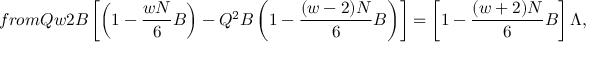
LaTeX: f r o m Q w 2 B \left[ \left( 1 - \frac { w N } { 6 } B \right) - Q ^ { 2 } B \left( 1 - \frac { ( w - 2 ) N } { 6 } B \right) \right] = \left[ 1 - \frac { ( w + 2 ) N } { 6 } B \right] \Lambda ,